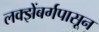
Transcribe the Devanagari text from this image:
लक्झेंबर्गपासून